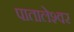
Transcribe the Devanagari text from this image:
पातालेश्‍वर